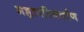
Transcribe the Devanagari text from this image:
महापरिनर्वाण